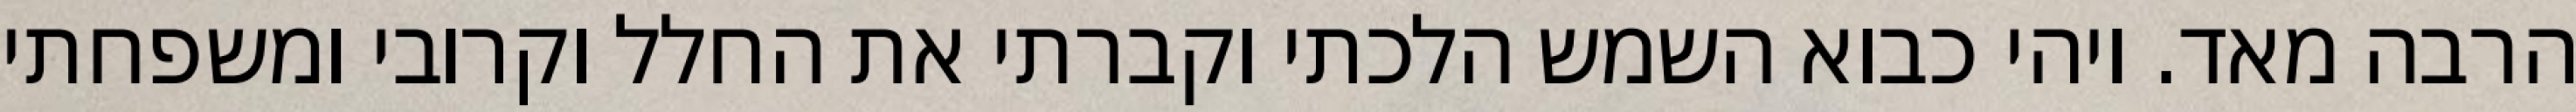
הרבה מאד. ויהי כבוא השמש הלכתי וקברתי את החלל וקרובי ומשפחתי